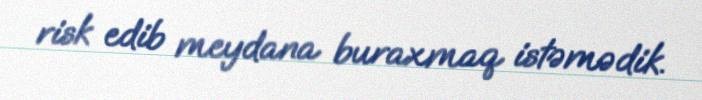
risk edib meydana buraxmaq istəmədik.